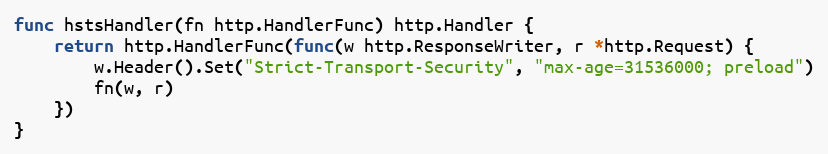
Language: Go
func hstsHandler(fn http.HandlerFunc) http.Handler {
	return http.HandlerFunc(func(w http.ResponseWriter, r *http.Request) {
		w.Header().Set("Strict-Transport-Security", "max-age=31536000; preload")
		fn(w, r)
	})
}